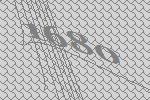
1680